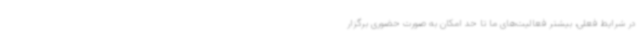
در شرایط فعلی، بیشتر فعالیت‌های ما تا حد امکان به صورت حضوری برگزار